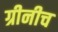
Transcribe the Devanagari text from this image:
ग्रीनीच